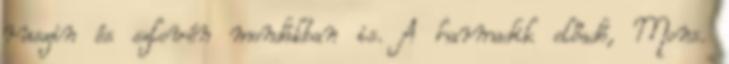
ruszin és szlovén mondákban is. A harmadik előadó, Mons.